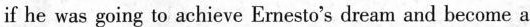
if he was going to achieve Emesto's dream and become a